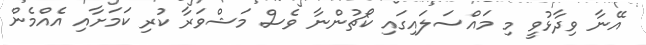
އޭނާ ވިދާޅުވީ މި މައްސަލައިގައި ކޯޗުންނާ ވެސް މަޝްވަރާ ކުރި ކަމަށާއި އެއްމެން